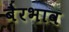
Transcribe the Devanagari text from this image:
बैरभाव